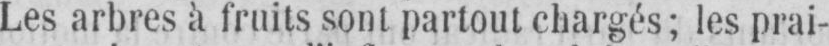
Les arbres à fruits sont partout chargés; les prai-